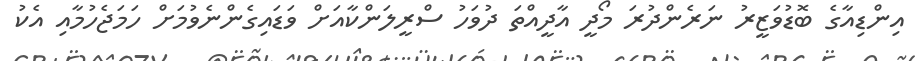
އިންޑިއާގެ ބޮޑުވަޒީރު ނަރެންދުރަ މޯދީ އާދީއްތަ ދުވަހު ސްރީލަންކާއަށް ވަޑައިގެންނެވުމަށް ހަމަޖެހުމާއި އެކު